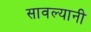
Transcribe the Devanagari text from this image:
सावल्यानी